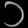
Digit: ၁